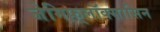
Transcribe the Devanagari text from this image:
जेमिफ़्लॉक्सासिन